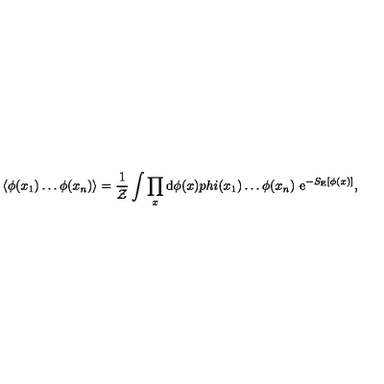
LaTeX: \langle \phi ( x _ { 1 } ) \dots \phi ( x _ { n } ) \rangle = \frac { 1 } { { \cal Z } } \int \prod _ { x } \mathrm { d } \phi ( x ) p h i ( x _ { 1 } ) \dots \phi ( x _ { n } ) \ \mathrm { e } ^ { - S _ { \mathrm { E } } [ \phi ( x ) ] } ,